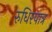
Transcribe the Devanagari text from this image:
रुधिरपात्र